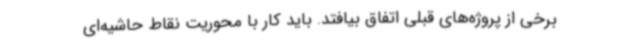
برخی از پروژه‌های قبلی اتفاق بیافتد. باید کار با محوریت نقاط حاشیه‌ای